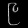
Digit: ၉